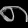
Digit: ၈